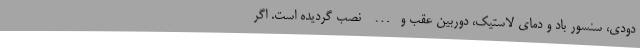
دودی، سنسور باد و دمای لاستیک، دوربین عقب و… نصب گردیده است. اگر